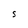
Character: S